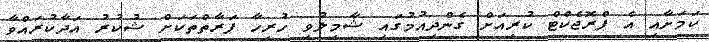
ކަމަށާއި އެ ޕްރޮޖެކްޓް ކުރިއަށް ގެންދިއުމުގައި ޝާމިލުވި ހުރިހާ ފަރާތްތަކަށް ޝުކުރު އަދާކުރައްވާ